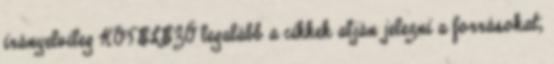
irányelvileg KÖTELEZŐ legalább a cikkek alján jelezni a forrásokat,